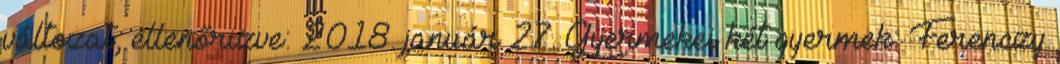
változat, ellenőrizve: 2018. január 27. Gyermekei két gyermek: Ferenczy